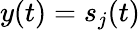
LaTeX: y(t)=s_{j}(t)